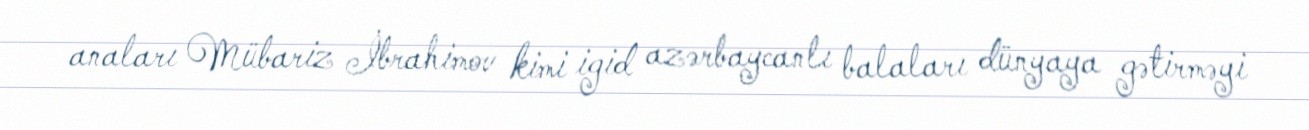
anaları Mübariz İbrahimov kimi igid azərbaycanlı balaları dünyaya gətirməyi